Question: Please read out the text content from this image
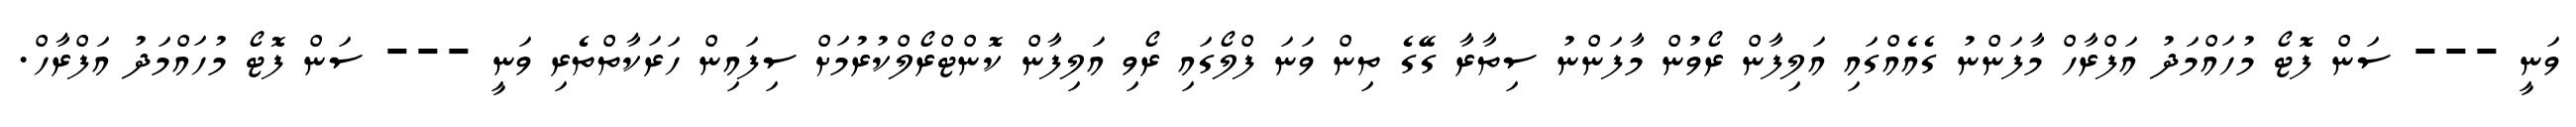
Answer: ވަނީ --- ސަން ފޮޓޯ މުހައްމަދު އަފްރާހް މާފަންނު ގެއެއްގައި އަލިފާން ރޯވުން މާފަންނު ސިތާރާ ގޭގެ ތިން ވަނަ ފްލޯގައި ރޯވި އަލިފާން ކޮންޓްރޯލްކުރުމަށް ސިފައިން ހަރަކާތްތެރި ވަނީ --- ސަން ފޮޓޯ މުހައްމަދު އަފްރާހް.